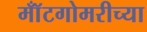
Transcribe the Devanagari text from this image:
मॉँटगोमरीच्या